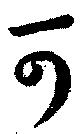
可